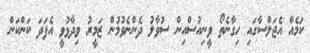
ކަމެއް އެޖަލްސާގައި ހިގާނެތޯ ވީނިއުސްއިން ސުވާލު ދެންނެވުމުން ޒަމީރު ވިދާޅުވީ އެފަދަ ކަންކަން